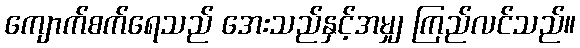
ကျောက်စက်ရေသည် အေးသည်နှင့်အမျှ ကြည်လင်သည်။